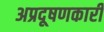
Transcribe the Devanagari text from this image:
अप्रदूषणकारी